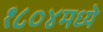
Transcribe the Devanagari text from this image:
१८०४मध्ये